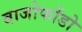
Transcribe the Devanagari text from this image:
बाजोफोंडो